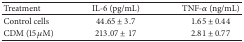
| Treatment | IL-6 (pg/mL) | TNF-α (ng/mL) |
 | --- | --- | --- |
 | Control cells | 44.65 ± 3.7 | 1.65 ± 0.44 |
 | CDM (15 μM) | 213.07 ± 17 | 2.81 ± 0.77 |